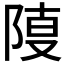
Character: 𨺎